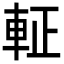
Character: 𮝆